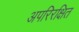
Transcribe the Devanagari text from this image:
अपरिरक्षित